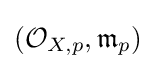
({\mathcal {O}}_{X,p},{\displaystyle {\mathfrak {m}}_{p}})